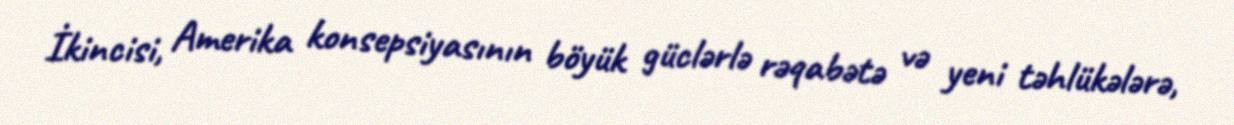
İkincisi, Amerika konsepsiyasının böyük güclərlə rəqabətə və yeni təhlükələrə,